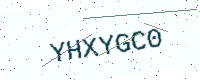
Text: YHXYGC0